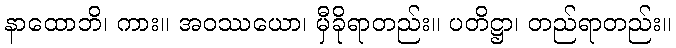
နာထောဘိ၊ ကား။ အဝဿယော၊ မှီခိုရာတည်း။ ပတိဋ္ဌာ၊ တည်ရာတည်း။